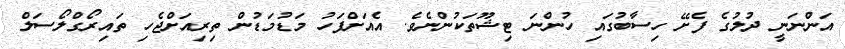
އަންނަނީ ދުލުގެ ފެށޭ ހިސާބުގައި ހުންނަ ޓިޝޫތަކުންނެވެ. އެއަށްފަހު މަޑުމަޑުން ތިރިއަށްޖެހި ތައިރޯގްލޯސަލް